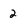
Character: 2